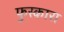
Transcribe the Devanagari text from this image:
फुस्कारा